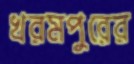
খরমপুরের